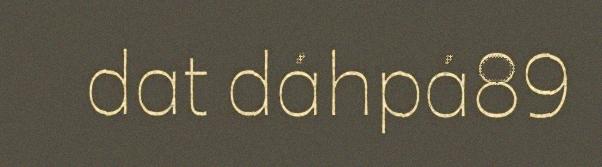
dat dáhpá89